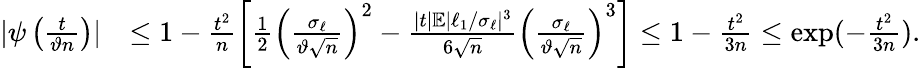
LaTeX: \begin{array}{rl}{|\psi\left(\frac{t}{\vartheta n}\right)|}&{\leq 1-\frac{t^{2}}{n}\left[\frac{1}{2}\left(\frac{\sigma_{\ell}}{\vartheta\sqrt{n}}\right)^{2}-\frac{|t|\mathbb{E}|\ell_{1}/\sigma_{\ell}|^{3}}{6\sqrt{n}}\left(\frac{\sigma_{\ell}}{\vartheta\sqrt{n}}\right)^{3}\right]\leq 1-\frac{t^{2}}{3n}\leq\exp(-\frac{t^{2}}{3n}).}\end{array}